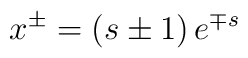
x^{\pm }=\left( s\pm 1\right) e^{\mp s}